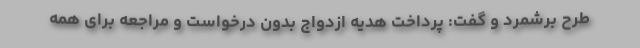
طرح برشمرد و گفت: پرداخت هدیه ازدواج بدون درخواست و مراجعه برای همه